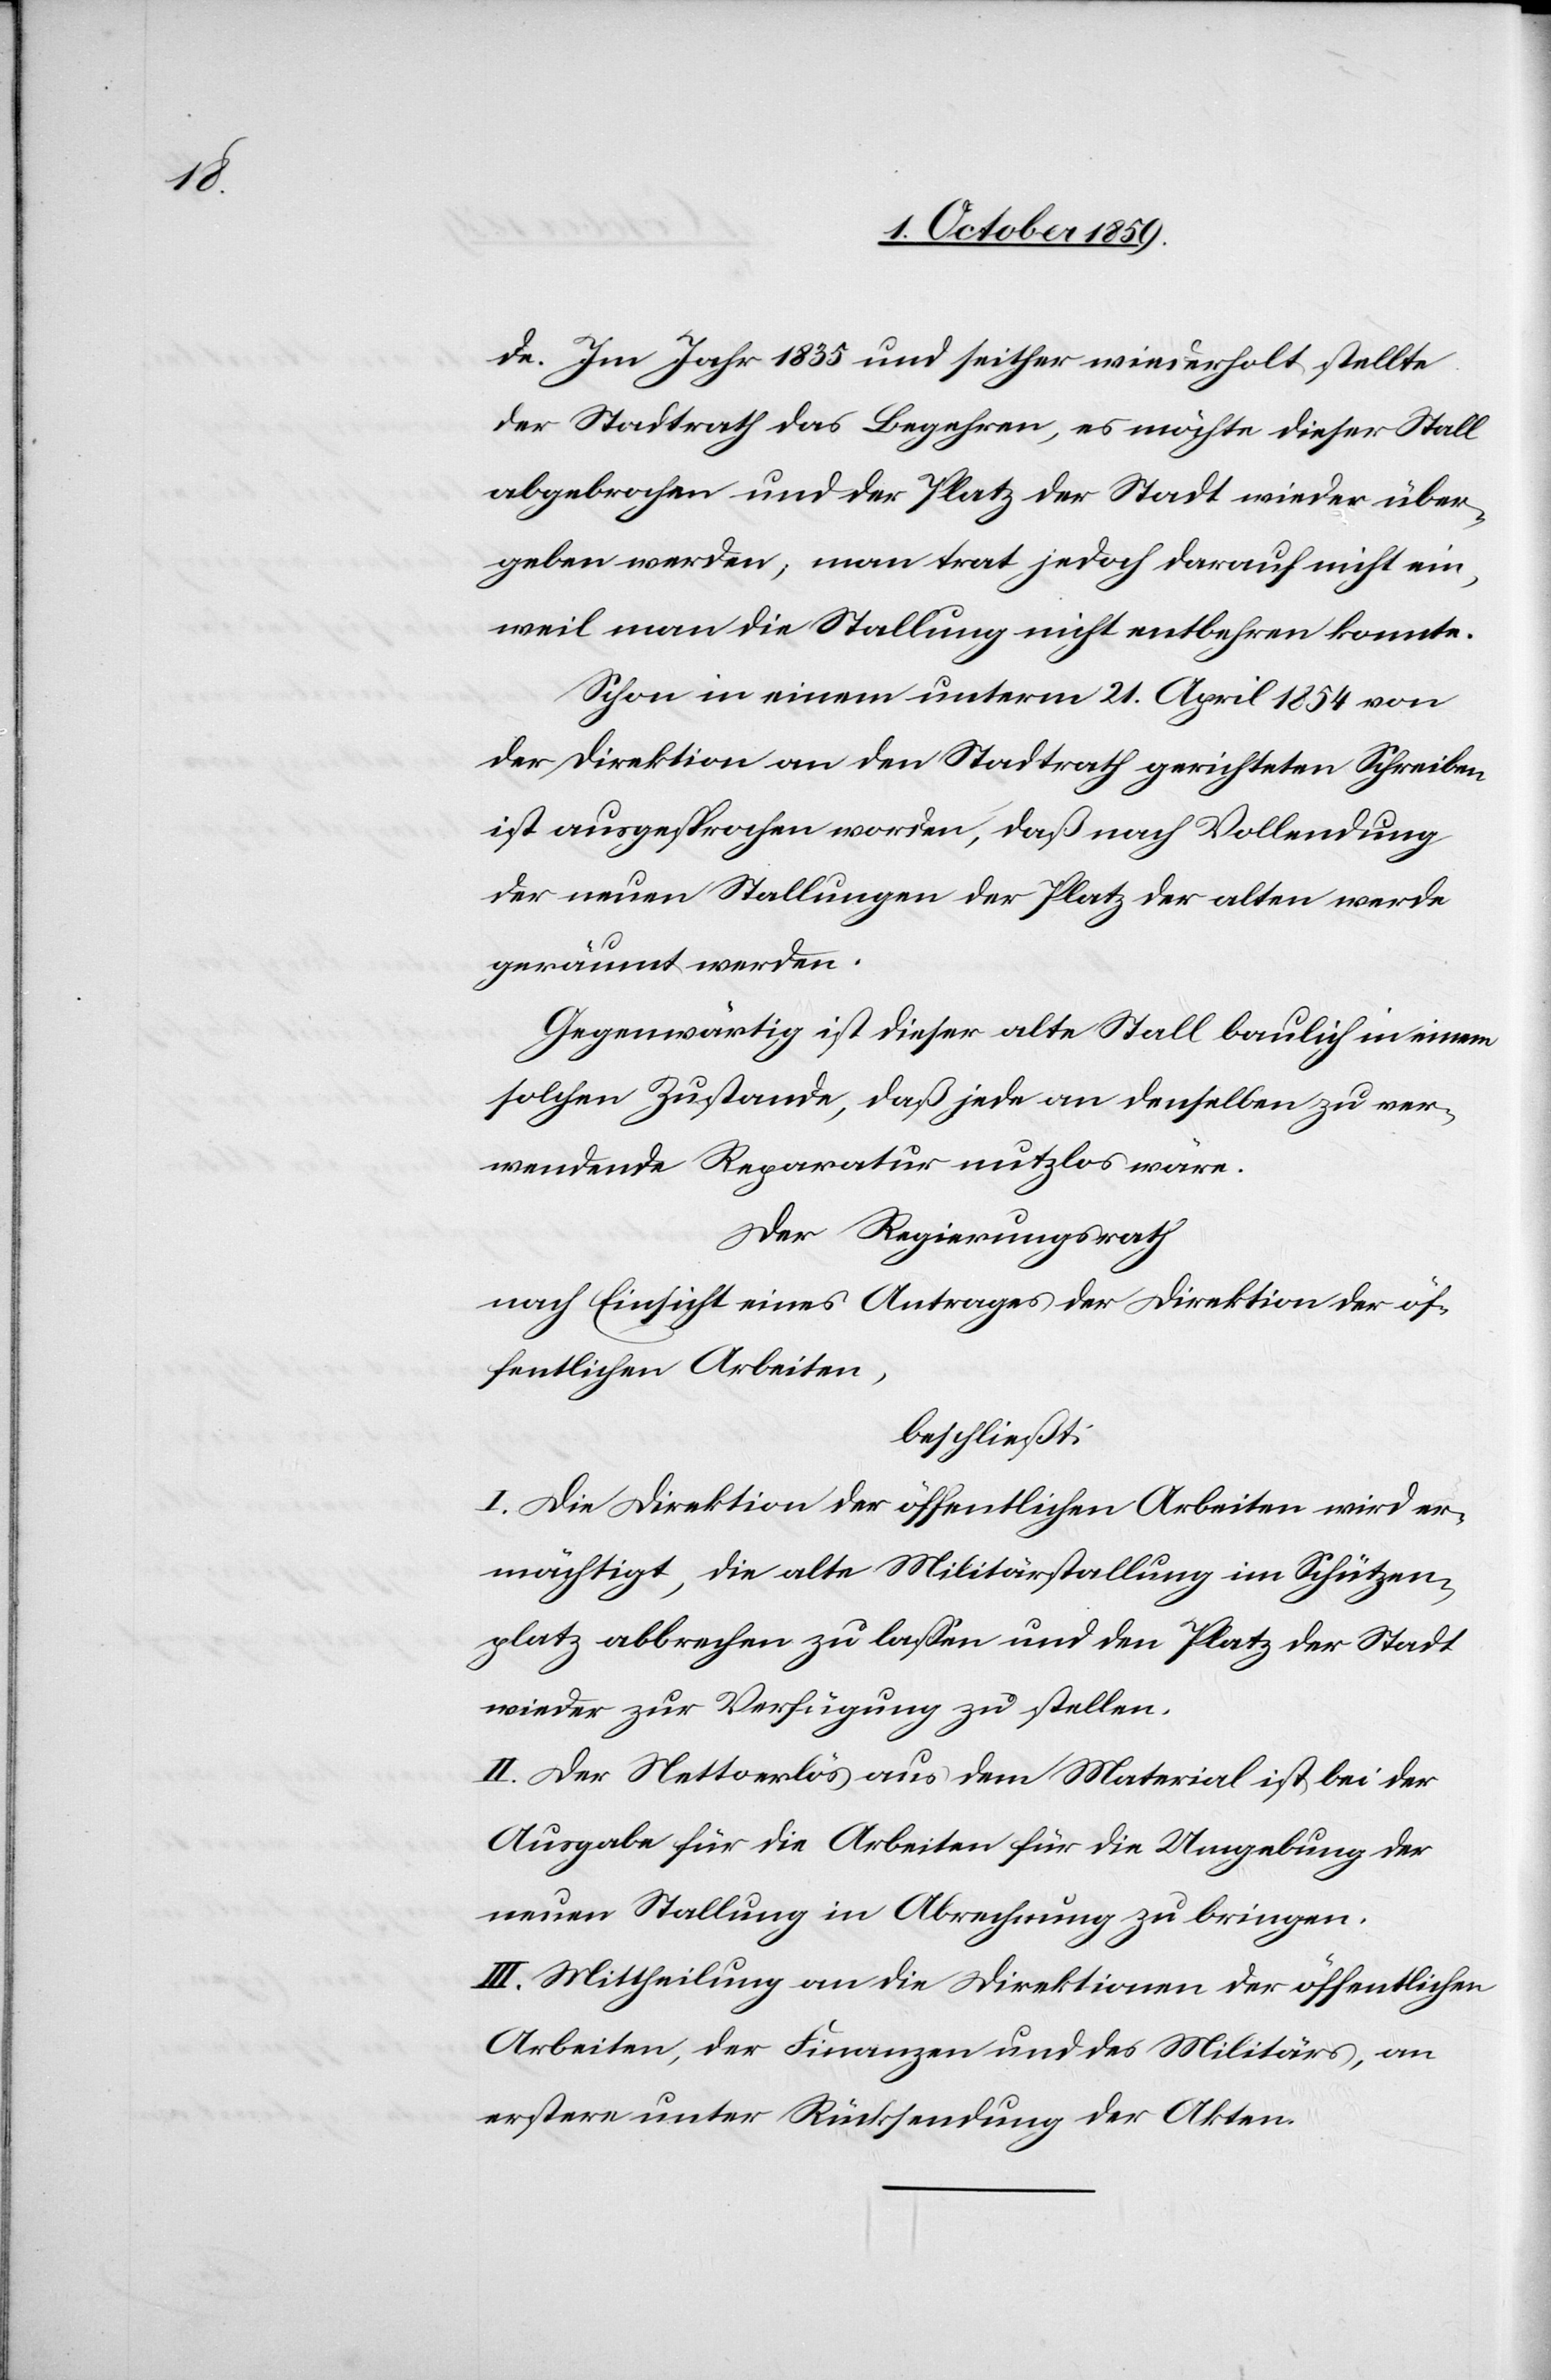
de. Im Jahr 1835 und seither wiederholt stellte
der Stadtrath das Begehren, es möchte dieser Stall
abgebrochen und der Platz der Stadt wieder über¬
geben werden, man trat jedoch darauf nicht ein,
weil man die Stallung nicht entbehren konnte.
Schon in einem unterm 21. April 1854 von
der Direktion an den Stadtrath gerichteten Schreiben
ist ausgesprochen worden, daß nach Vollendung
der neuen Stallungen der Platz der alten werde
geräumt werden.
Gegenwärtig ist dieser alte Stall baulich in einem
solchen Zustande, daß jede an denselben zu ver¬
wendende Reparatur nutzlos wäre.
Der Regierungsrath
nach Einsicht eines Antrages der Direktion der öf¬
fentlichen Arbeiten,
beschließt:
I. Die Direktion der öffentlichen Arbeiten wird er¬
mächtigt, die alte Militärstallung im Schützen¬
platz abbrechen zu lassen und den Platz der Stadt
wieder zur Verfügung zu stellen.
II. Der Nettoerlös aus dem Material ist bei der
Ausgabe für die Arbeiten für die Umgebung der
neuen Stallung in Abrechnung zu bringen.
III. Mittheilung an die Direktionen der öffentlichen
Arbeiten, der Finanzen und des Militärs, an
erstere unter Rücksendung der Akten.